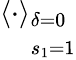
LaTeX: \langle\cdot\rangle_{\begin{array}{l}{\delta=0}\\ {s_{1}=1}\end{array}}